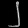
Digit: ၂